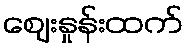
ဈေးနှုန်းထက်